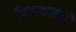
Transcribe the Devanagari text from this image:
चितळकरांची